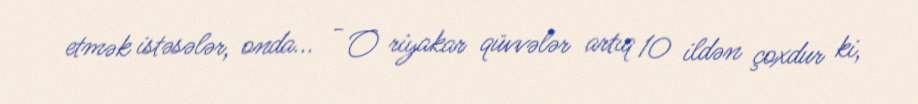
etmək istəsələr, onda... - O riyakar qüvvələr artıq 10 ildən çoxdur ki,